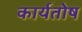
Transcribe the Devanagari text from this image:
कार्यतोष